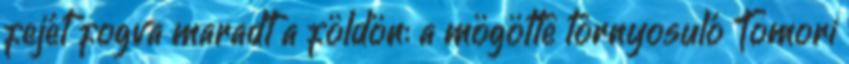
fejét fogva maradt a földön: a mögötte tornyosuló Tomori